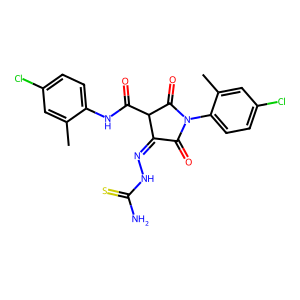
SMILES: Cc1cc(Cl)ccc1NC(=O)C1C(=O)N(c2ccc(Cl)cc2C)C(=O)C1=NNC(N)=S
Inhibits HIV replication: No